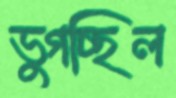
ভুগচ্ছিল